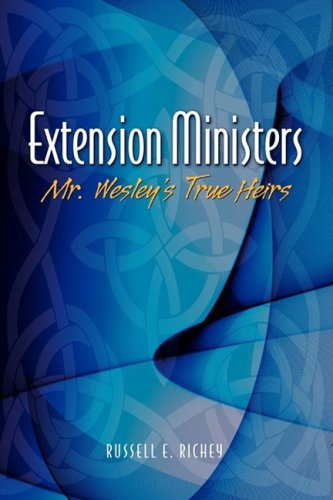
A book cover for Extension Ministers: Mr. Wesley's True Heirs; Russell E. Richey; Christian Books & Bibles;